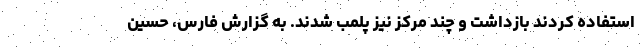
استفاده کردند بازداشت و چند مرکز نیز پلمب شدند. به گزارش فارس، حسین